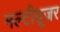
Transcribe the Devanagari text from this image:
मल्टीयूजर